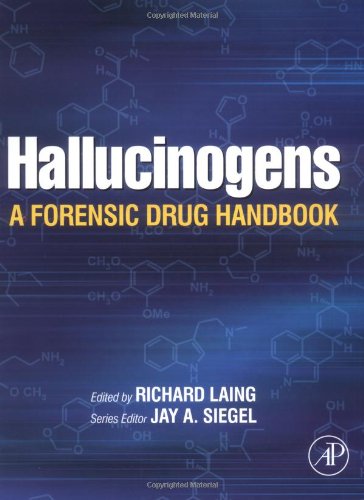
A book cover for Hallucinogens: A Forensic Drug Handbook (Forensic Drug Handbook Series); Medical Books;